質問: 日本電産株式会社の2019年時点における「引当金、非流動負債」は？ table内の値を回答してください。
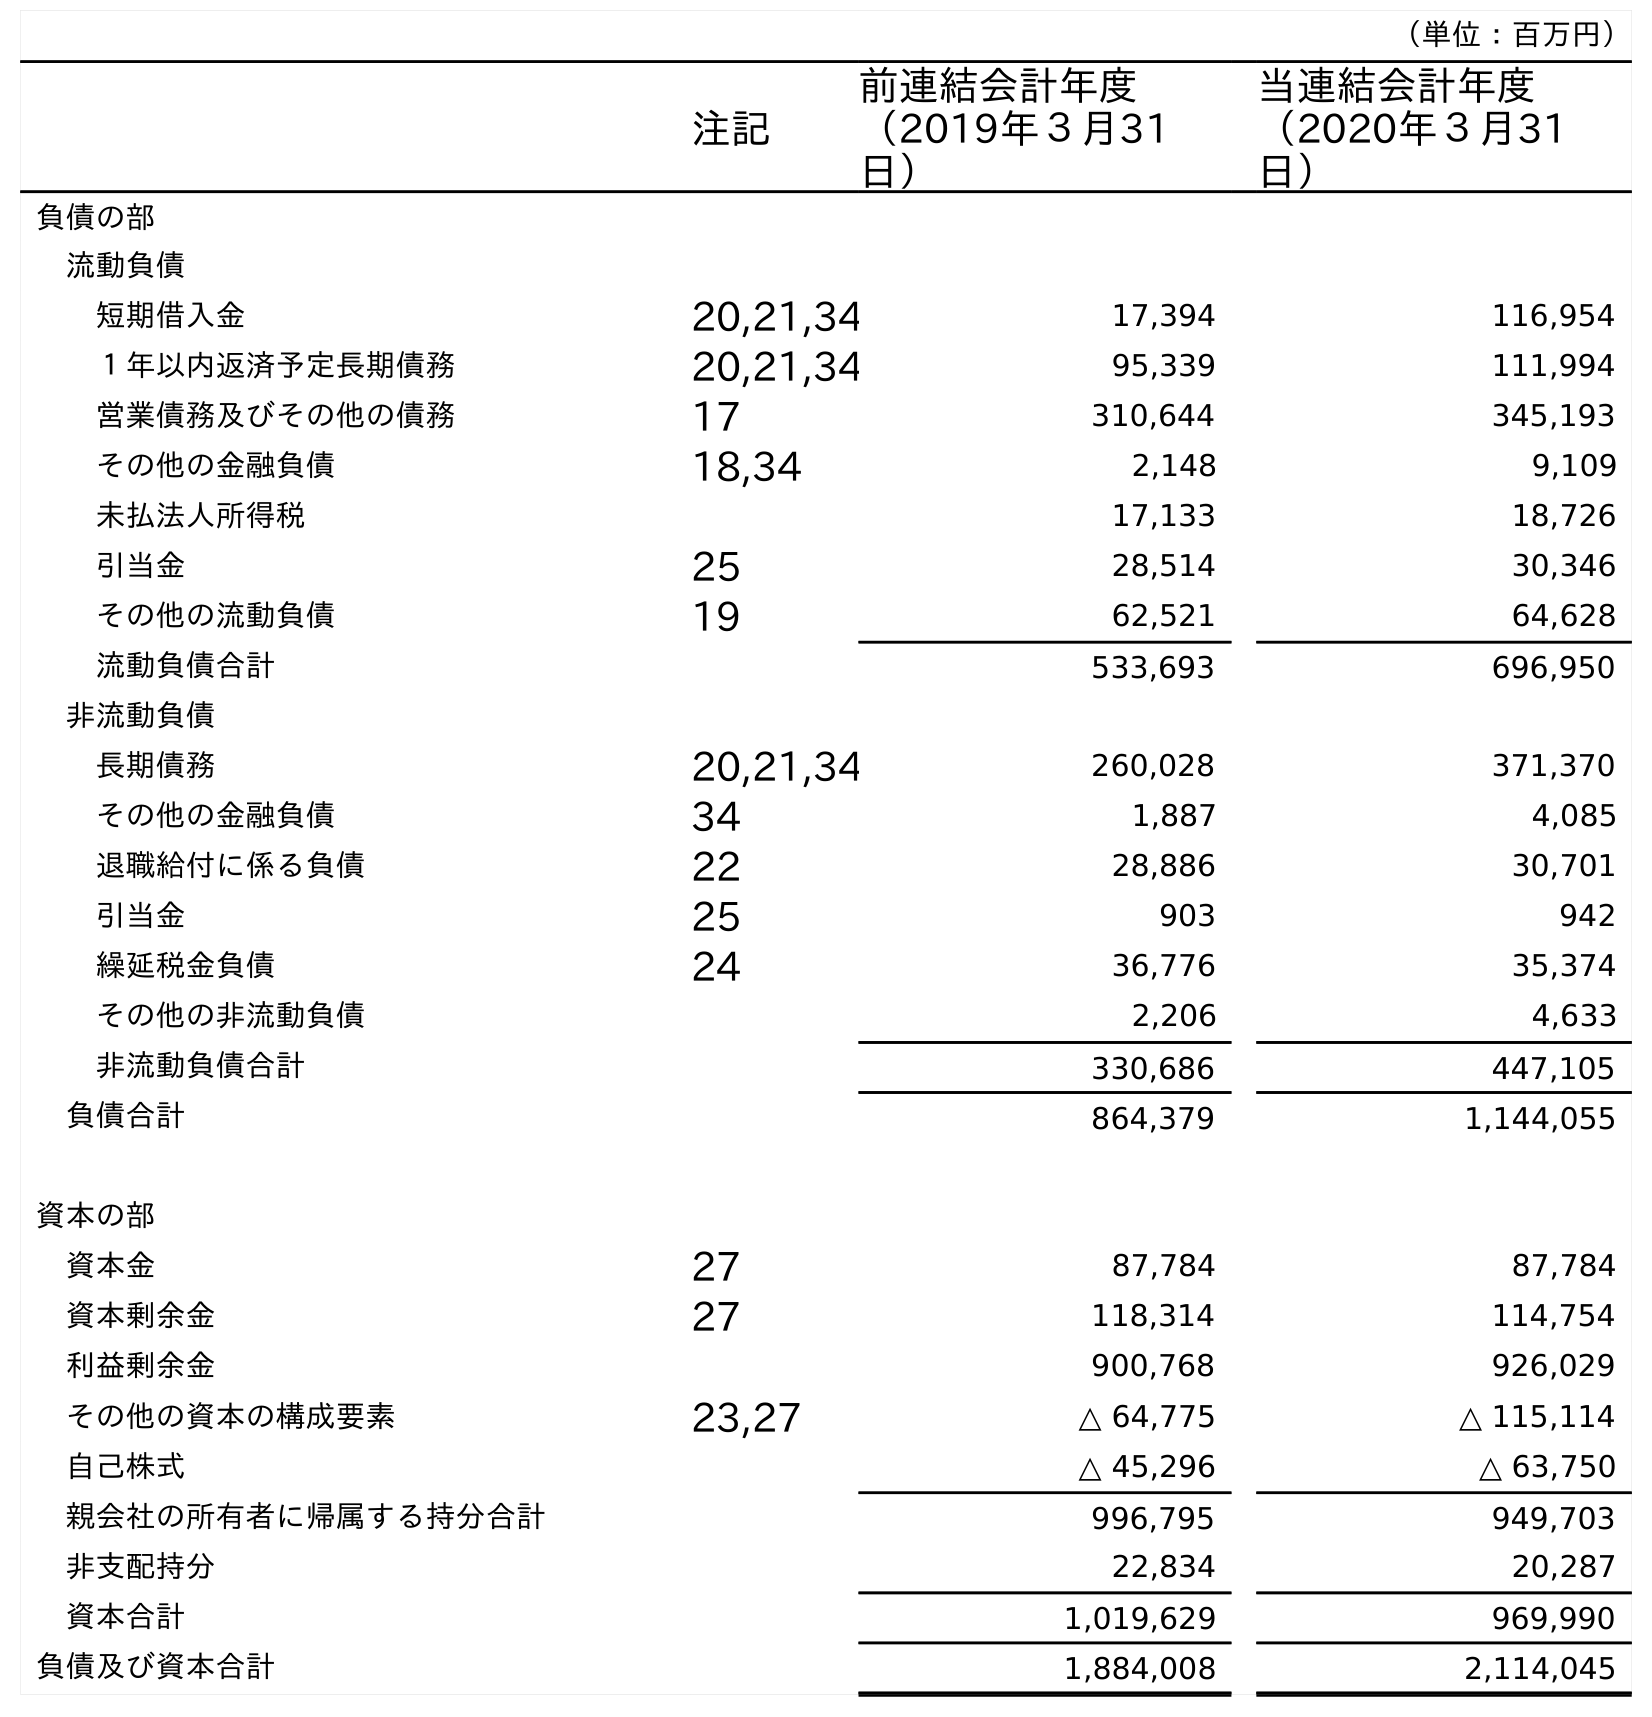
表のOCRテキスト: （単位：百万円） 注記 前連結会計年度 （2019年３月31 日） 当連結会計年度 （2020年３月31 日） 負債の部 流動負債 短期借入金 20,21,34 17,394 116,954 １年以内返済予定長期債務 20,21,34 95,339 111,994 営業債務及びその他の債務 17 310,644 345,193 その他の金融負債 18,34 2,148 9,109 未払法人所得税 17,133 18,726 引当金 25 28,514 30,346 その他の流動負債 19 62,521 64,628 流動負債合計 533,693 696,950 非流動負債 長期債務 20,21,34 260,028 371,370 その他の金融負債 34 1,887 4,085 退職給付に係る負債 22 28,886 30,701 引当金 25 903 942 繰延税金負債 24 36,776 35,374 その他の非流動負債 2,206 4,633 非流動負債合計 330,686 447,105 負債合計 864,379 1,144,055 資本の部 資本金 27 87,784 87,784 資本剰余金 27 118,314 114,754 利益剰余金 900,768 926,029 その他の資本の構成要素 23,27 △ 64,775 △ 115,114 自己株式 △ 45,296 △ 63,750 親会社の所有者に帰属する持分合計 996,795 949,703 非支配持分 22,834 20,287 資本合計 1,019,629 969,990 負債及び資本合計 1,884,008 2,114,045
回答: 903